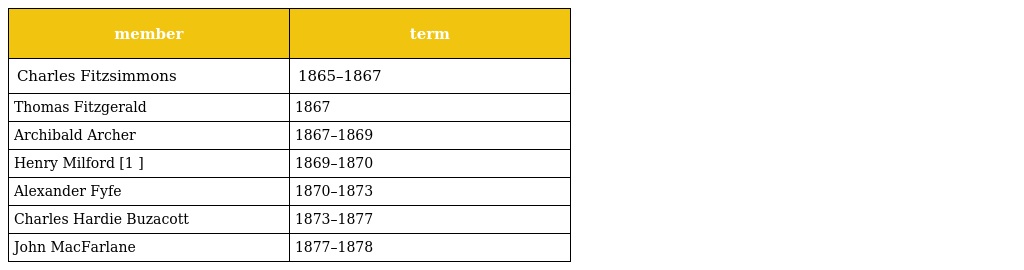
| member | term |
 | --- | --- |
 | Charles Fitzsimmons | 1865–1867 |
 | Thomas Fitzgerald | 1867 |
 | Archibald Archer | 1867–1869 |
 | Henry Milford [1 ] | 1869–1870 |
 | Alexander Fyfe | 1870–1873 |
 | Charles Hardie Buzacott | 1873–1877 |
 | John MacFarlane | 1877–1878 |